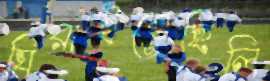
ঘিরাইতেছিলি